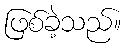
ဖြစ်ခဲ့သည်။